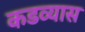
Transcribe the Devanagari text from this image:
कडव्यास